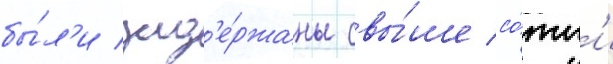
бы́л'и зад'е́ржаны свы́ше со́тн'и